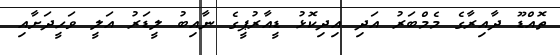
ތޮއްޑޫ ދާއިރާގެ މެމްބަރު އަދި އިދިކޮޅު ޑީއާރުޕީގެ ނާއިބު ލީޑަރު އަލީ ވަހީދަށާއި